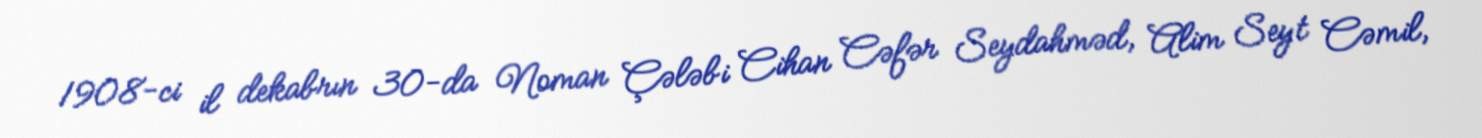
1908-ci il dekabrın 30-da Noman Çələbi Cihan Cəfər Seydahməd, Alim Seyt Cəmil,